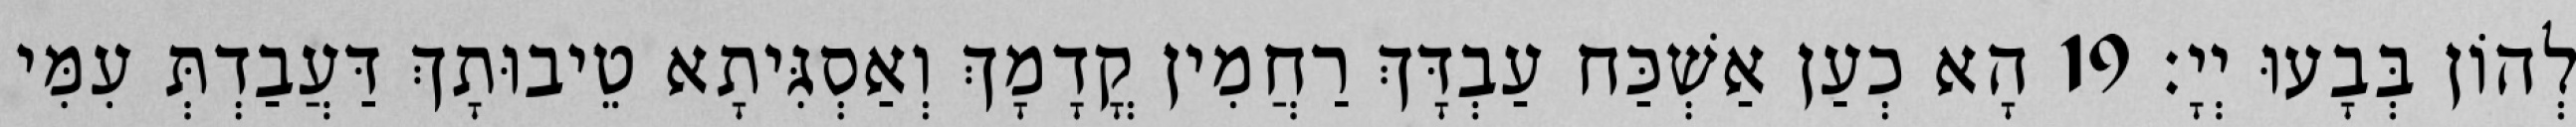
לְהוֹן בְּבָעוּ יְיָ׃ 19 הָא כְעַן אַשְׁכַּח עַבְדָּךְ רַחֲמִין קֳדָמָךְ וְאַסְגִּיתָא טֵיבוּתָךְ דַּעֲבַדְתְּ עִמִּי